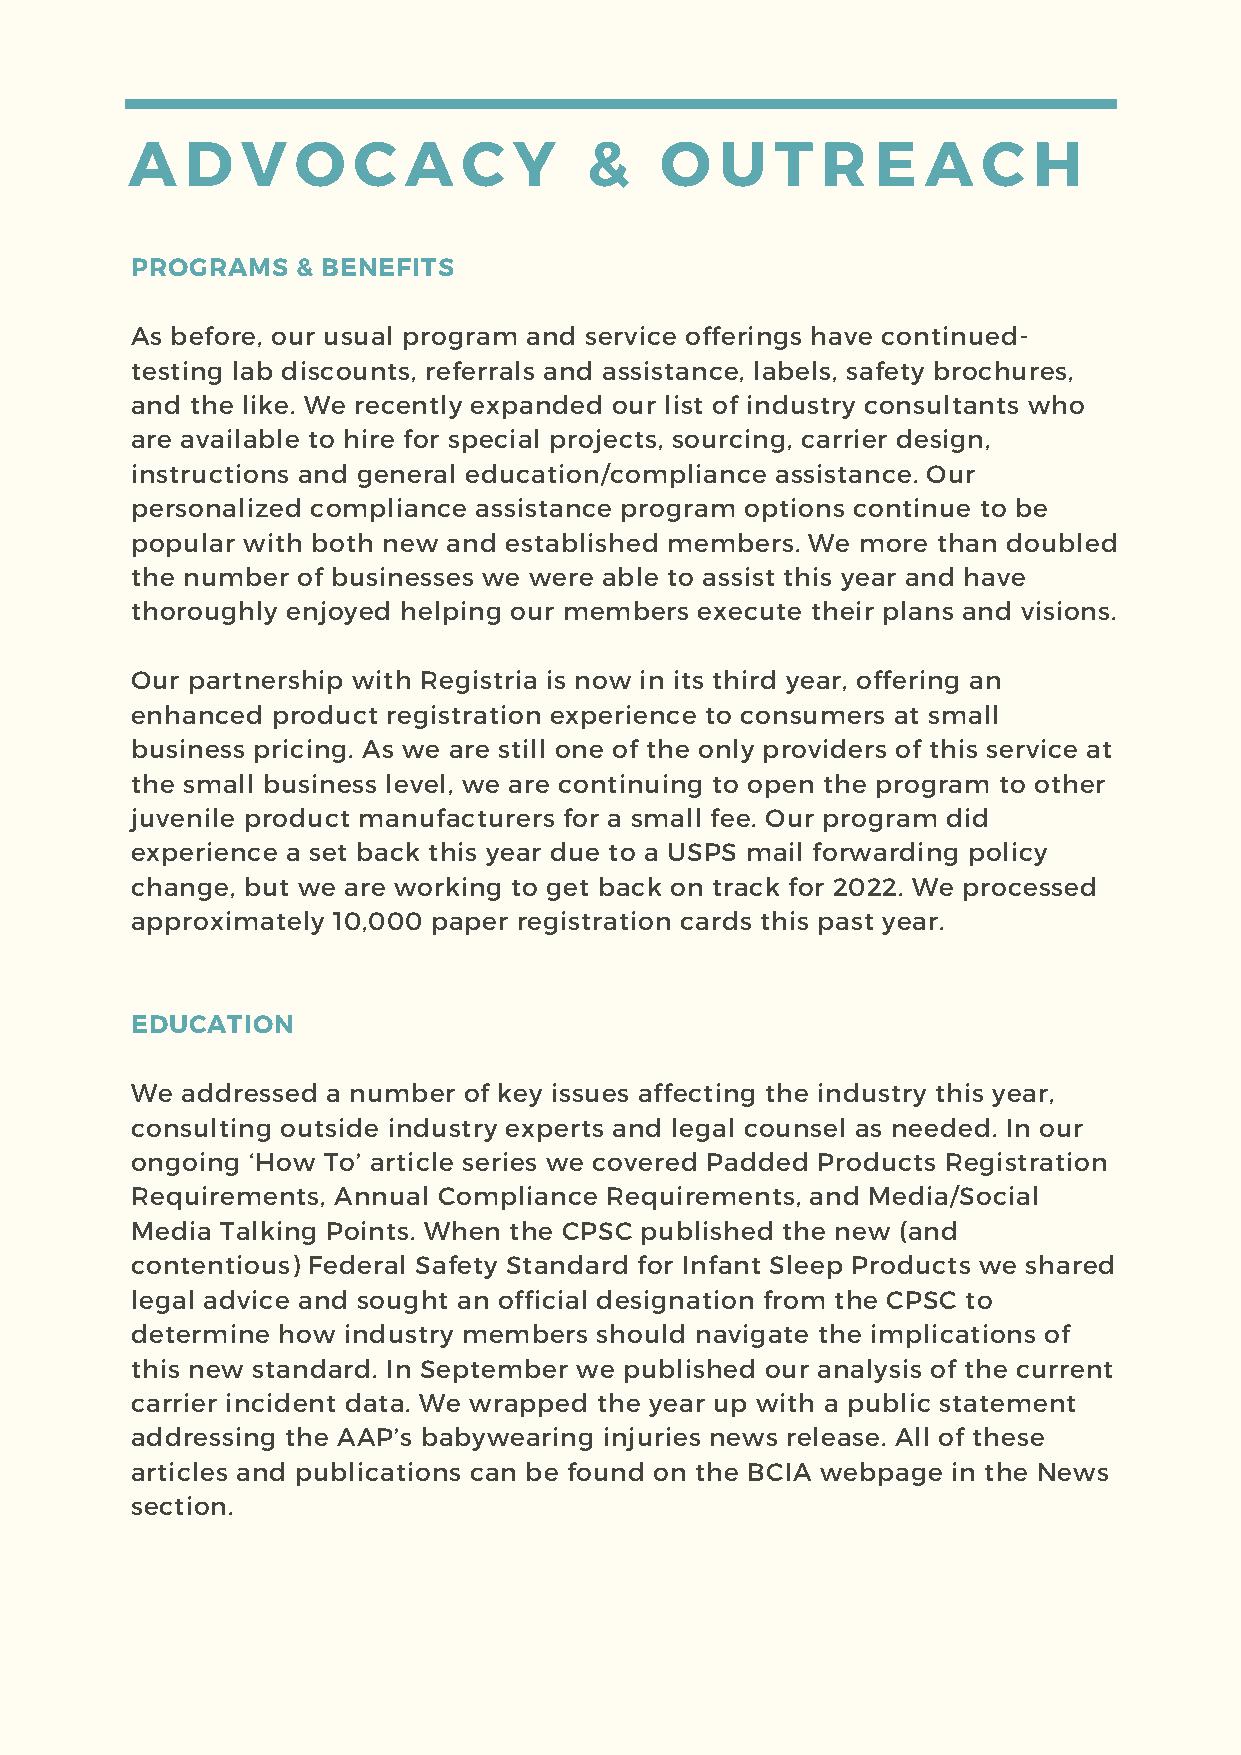
A   D   V   O  C   A   C  Y    &    O   U  T  R   E  A   C  H
 PROGRAMS   & BENEFITS
 As before, our usual program and service offerings have continued-
 testing lab discounts, referrals and assistance, labels, safety brochures,
 and the like. We recently expanded our list of industry consultants who
 are available to hire for special projects, sourcing, carrier design,
 instructions and general education/compliance assistance. Our
 personalized compliance assistance program options continue to be
 popular with both new and established members. We more than doubled
 the number of businesses we were able to assist this year and have
 90
 thoroughly enjoyed helping our members execute their plans and visions.
 Ou6r0 partnership with Registria is now in its third year, offering an
 enhanced product registration experience to consumers at small
 business pricing. As we are still one of the only providers of this service at
 30
 the small business level, we are continuing to open the program to other
 juvenile product manufacturers for a small fee. Our program did
 experience a set back this year due to a USPS mail forwarding policy
 0
 changJaen, buFte bwe aMraer woArpkringM taoy geJtu nbeackJ uolyn trAaucgk foSrep 2t022O.c tWe NporvoceDsesced
 approximately 10,000 paper registration cards this past year.
 EDUCATION
 We addressed a number of key issues affecting the industry this year,
 consulting outside industry experts and legal counsel as needed. In our
 ongoing ‘How To’ article series we covered Padded Products Registration
 Requirements, Annual Compliance Requirements, and Media/Social
 Media Talking Points. When the CPSC published the new (and
 contentious) Federal Safety Standard for Infant Sleep Products we shared
 legal advice and sought an official designation from the CPSC to
 determine how industry members should navigate the implications of
 this new standard. In September we published our analysis of the current
 carrier incident data. We wrapped the year up with a public statement
 addressing the AAP’s babywearing injuries news release. All of these
 articles and publications can be found on the BCIA webpage in the News
 section.